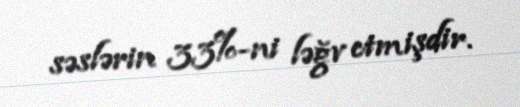
səslərin 33%-ni ləğv etmişdir.